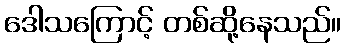
ဒေါသကြောင့် တစ်ဆို့နေသည်။